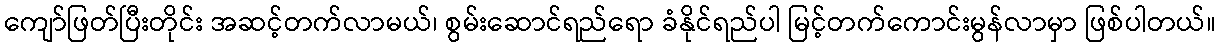
ကျော်ဖြတ်ပြီးတိုင်း အဆင့်တက်လာမယ်၊ စွမ်းဆောင်ရည်ရော ခံနိုင်ရည်ပါ မြင့်တက်ကောင်းမွန်လာမှာ ဖြစ်ပါတယ်။